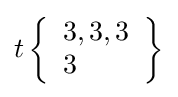
t\left\{{\begin{array}{l}3,3,3\\3\end{array}}\right\}